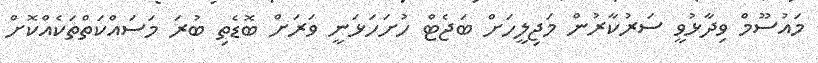
މައުސޫމް ވިދާޅުވީ ސަރުކާރުން މަޖިލީހަށް ބަޖެޓް ހުށަހަޅަނީ ވަރަށް ބޮޑެތި ބުރަ މަސައްކަތްތަކެއްކޮށް